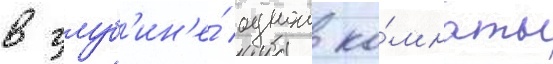
в глуб'ин'е́ однои ко́мнаты